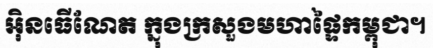
អ៊ិនធើណែត ក្នុងក្រសួងមហាផ្ទៃកម្ពុជា។